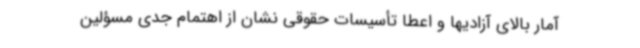
آمار بالای آزادیها و اعطا تأسیسات حقوقی نشان از اهتمام جدی مسؤلین